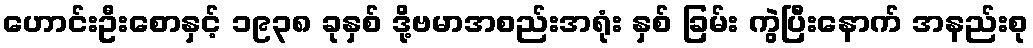
ဟောင်းဦးစောနှင့် ၁၉၃၈ ခုနှစ် ဒို့ဗမာအစည်းအရုံး နှစ် ခြမ်း ကွဲပြီးနောက် အနည်းစု